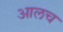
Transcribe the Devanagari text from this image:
आलच